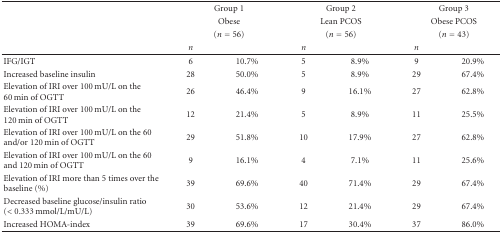
<table><thead><tr><td></td><td colspan="2"><b>Group 1</b></td><td colspan="2"><b>Group 2</b></td><td colspan="2"><b>Group 3</b></td></tr><tr><td></td><td colspan="2"><b>Obese</b></td><td colspan="2"><b>Lean PCOS</b></td><td colspan="2"><b>Obese PCOS</b></td></tr><tr><td></td><td colspan="2"><b>(<i>n</i> = 56)</b></td><td colspan="2"><b>(<i>n</i> = 56)</b></td><td colspan="2"><b>(<i>n</i> = 43)</b></td></tr><tr><td></td><td><b><i>n</i></b></td><td></td><td><b><i>n</i></b></td><td></td><td><b><i>n</i></b></td><td></td></tr></thead><tbody><tr><td>IFG/IGT</td><td>6</td><td>10.7%</td><td>5</td><td>8.9%</td><td>9</td><td>20.9%</td></tr><tr><td>Increased baseline insulin</td><td>28</td><td>50.0%</td><td>5</td><td>8.9%</td><td>29</td><td>67.4%</td></tr><tr><td>Elevation of IRI over 100 mU/L on the 60 min of OGTT</td><td>26</td><td>46.4%</td><td>9</td><td>16.1%</td><td>27</td><td>62.8%</td></tr><tr><td>Elevation of IRI over 100 mU/L on the 120 min of OGTT</td><td>12</td><td>21.4%</td><td>5</td><td>8.9%</td><td>11</td><td>25.5%</td></tr><tr><td>Elevation of IRI over 100 mU/L on the 60 and/or 120 min of OGTT</td><td>29</td><td>51.8%</td><td>10</td><td>17.9%</td><td>27</td><td>62.8%</td></tr><tr><td>Elevation of IRI over 100 mU/L on the 60 and 120 min of OGTT</td><td>9</td><td>16.1%</td><td>4</td><td>7.1%</td><td>11</td><td>25.6%</td></tr><tr><td>Elevation of IRI more than 5 times over the baseline (%)</td><td>39</td><td>69.6%</td><td>40</td><td>71.4%</td><td>29</td><td>67.4%</td></tr><tr><td>Decreased baseline glucose/insulin ratio (&lt; 0.333 mmol/L/mU/L)</td><td>30</td><td>53.6%</td><td>12</td><td>21.4%</td><td>29</td><td>67.4%</td></tr><tr><td>Increased HOMA-index</td><td>39</td><td>69.6%</td><td>17</td><td>30.4%</td><td>37</td><td>86.0%</td></tr></tbody></table>